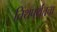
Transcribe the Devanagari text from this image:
तिथपर्यंतचा